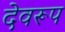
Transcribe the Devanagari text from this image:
देवरूप